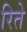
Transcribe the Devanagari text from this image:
रिते